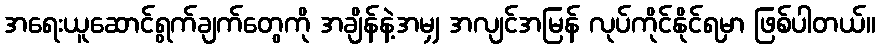
အရေးယူဆောင်ရွက်ချက်တွေကို အချိန်နဲ့အမျှ အလျင်အမြန် လုပ်ကိုင်နိုင်ရမှာ ဖြစ်ပါတယ်။